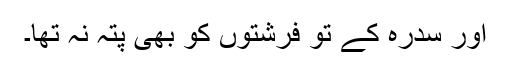
اور سدرہ کے تو فرشتوں کو بھی پتہ نہ تھا۔